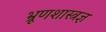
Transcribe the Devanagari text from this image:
भ्रूणशास्त्रज्ञ